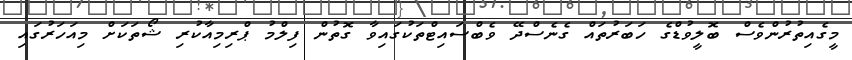
މީގެއިތުރުންވެސް ބޮލީވުޑްގެ ހަބަރުތައް ގެނެސްދޭ ވެބްސައިޓްތަކުގައިވާ ގޮތުން ފިލްމު ޕްރިމިއާކުރި ޝޯތަކަށް މިއަހަރުގައި